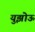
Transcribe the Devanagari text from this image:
युझोऊ